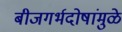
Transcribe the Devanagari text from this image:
बीजगर्भदोषांमुळे